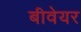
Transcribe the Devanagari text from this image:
बीवेयर